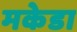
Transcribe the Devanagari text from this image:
मकेडा